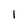
Character: 1